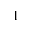
^ 1